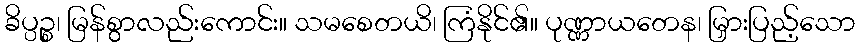
ခိပ္ပဉ္စ၊ မြန်စွာလည်းကောင်း။ သမစေတယိ၊ ကြံနိုင်၏။ ပုဏ္ဏာယတေန၊ မြှားပြည့်သော